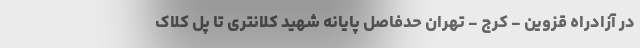
در آزادراه قزوین - کرج - تهران حدفاصل پایانه شهید کلانتری تا پل کلاک